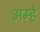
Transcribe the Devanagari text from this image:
अम्हे